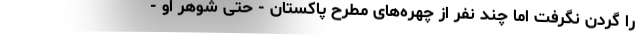
را گردن نگرفت اما چند نفر از چهره‌های مطرح پاکستان - حتی شوهر او -